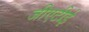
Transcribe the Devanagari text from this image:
जीएटीई